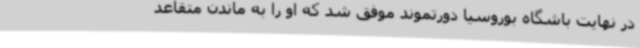
در نهایت باشگاه بوروسیا دورتموند موفق شد که او را به ماندن متقاعد